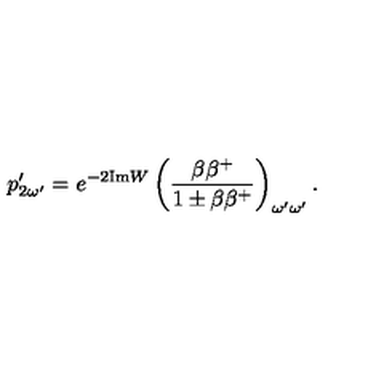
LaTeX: p _ { 2 \omega ^ { \prime } } ^ { \prime } = e ^ { - 2 \mathrm { I m } W } \left( \frac { \beta \beta ^ { + } } { 1 \pm \beta \beta ^ { + } } \right) _ { \omega ^ { \prime } \omega ^ { \prime } } .